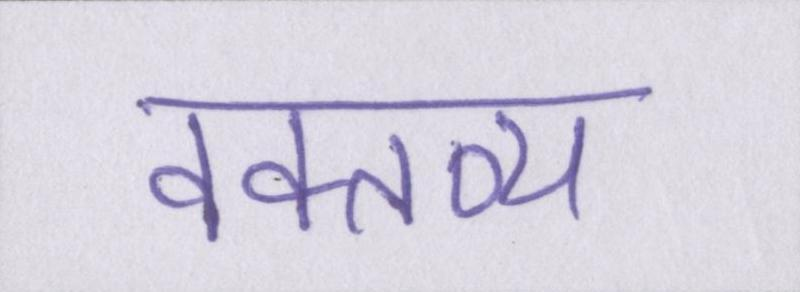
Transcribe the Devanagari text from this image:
वक्तव्य